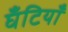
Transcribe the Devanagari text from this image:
घँटियाँ